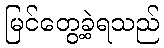
မြင်တွေ့ခဲ့ရသည်